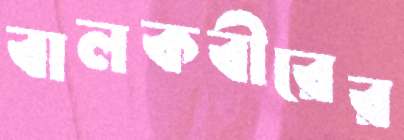
বালকবীরের